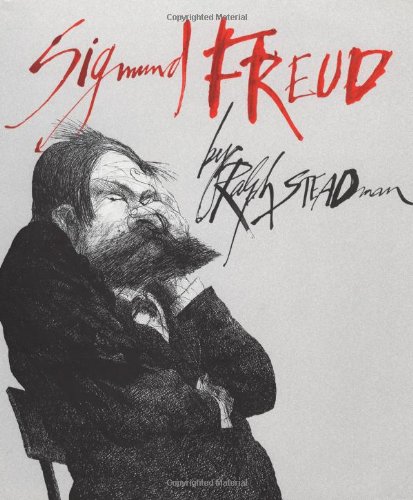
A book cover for Sigmund Freud; Ralph Steadman; Humor & Entertainment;